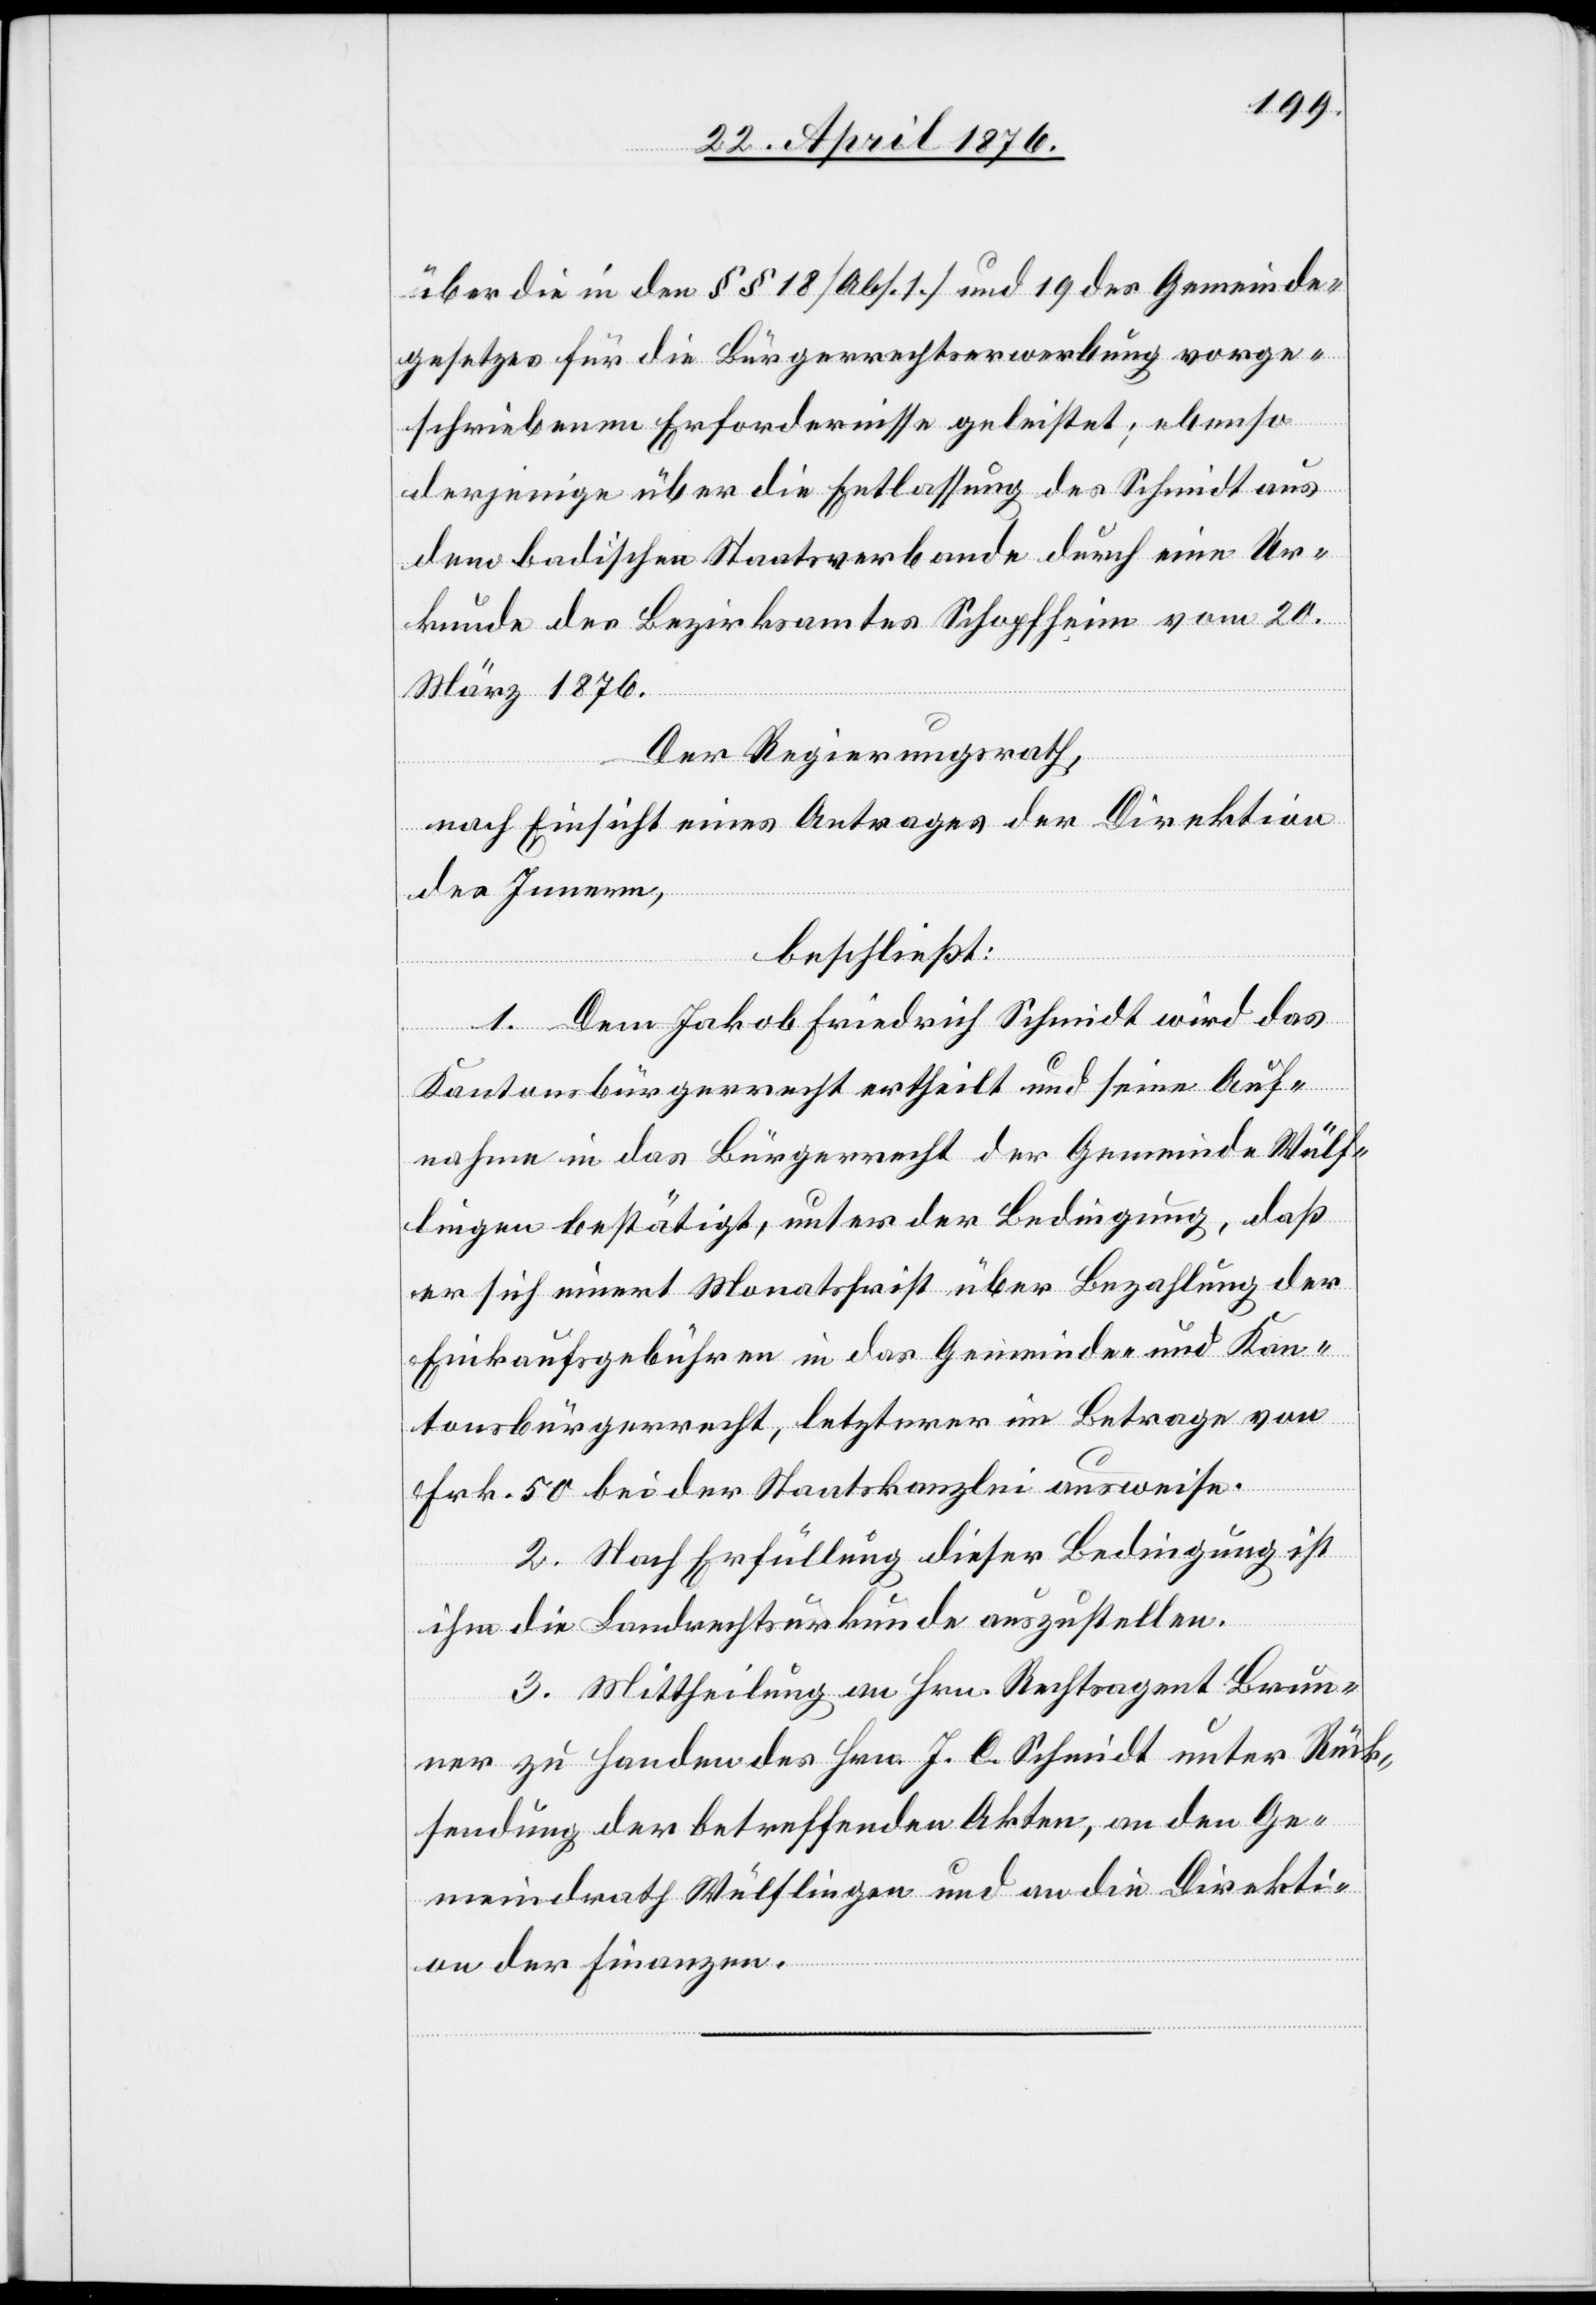
über die in den §§ 18 [Abs. 1.] und 19. des Gemeindes¬
gesetzes für die Bürgerrechtserwerbung vorge¬
schriebenen Erfordernisse geleistet; ebenso
derjenige über die Entlassung des Schmidt aus
dem badischen Staatsverbande durch eine Ur¬
kunde des Bezirksamtes Schopfheim vom 20.
März 1876.
Der Regierungsrath,
nach Einsicht eines Antrages der Direktion
des Innern,
beschließt:
1. Dem Jakob Friedrich Schmidt wird das
Kantonsbürgerrecht ertheilt und seine Auf¬
nahme in das Bürgerrecht der Gemeinde Wülf¬
lingen bestätigt, unter der Bedingung, daß
er sich innert Monatsfrist über Bezahlung der
Einkaufsgebühren in das Gemeinde- und Kan¬
tonsbürgerrecht, letzterer im Betrage von
Frk. 50 bei der Staatskanzlei ausweise.
2. Nach Erfüllung dieser Bedingung ist
ihm die Landrechtsurkunde auszustellen.
3. Mittheilung an Hrn. Rechtsagent Brun¬
ner zu Handen des Hrn. J. C. Schmidt unter Rück¬
sendung der betreffenden Akten, an den Ge¬
meindrath Wülflingen und an die Direkti¬
on der Finanzen.